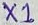
Text: X1